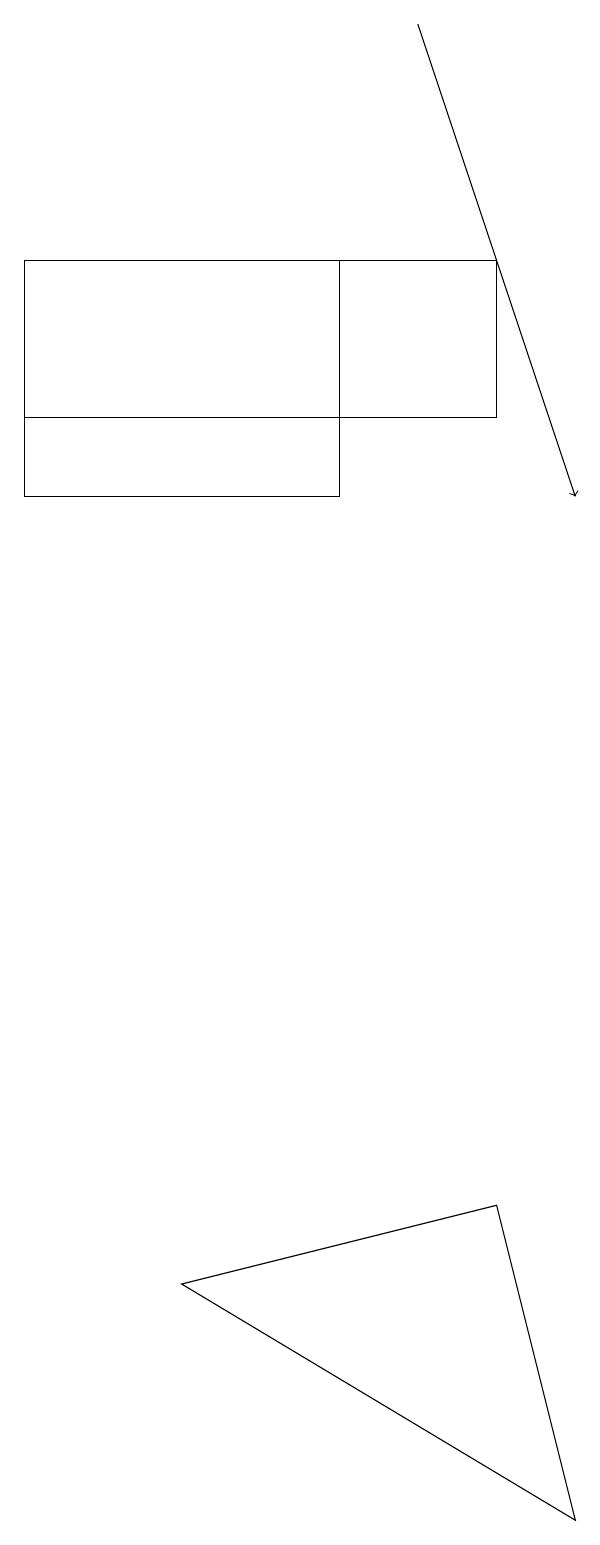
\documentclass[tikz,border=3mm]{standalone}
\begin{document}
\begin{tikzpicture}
\draw[->] (5,19) -- (7,13);
\draw (4,16) rectangle (0,13);
\draw (6,4) -- (2,3) -- (7,0) -- cycle;
\draw (0,14) rectangle (6,16);
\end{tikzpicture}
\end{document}